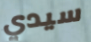
سيدي